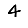
Digit: 4